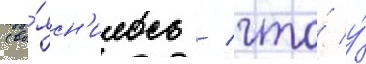
(вы́ясн'илось / что́ у́